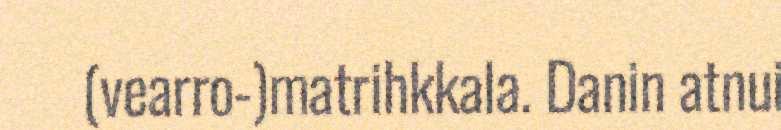
(vearro-)matrihkkala. Danin atnui